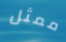
ممثل